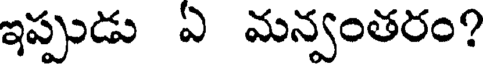
ఇప్పుడు ఏ మన్వంతరం?